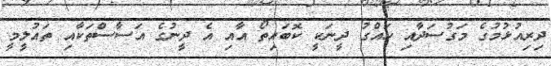
ދިރިއުޅުމުގެ މަގުސަދާއި ހައްގު ދީނަކީ ކޮބައިތޯ އާއި އެ ދީނުގެ އަސާސްތަކާއި ތައުލީމީ